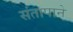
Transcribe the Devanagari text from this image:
संतापाने